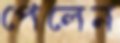
পেলেন